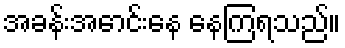
အခန်းအောင်းနေ နေကြရသည်။